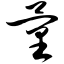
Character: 量